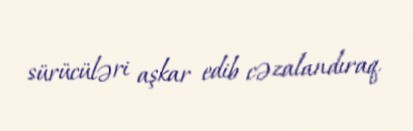
sürücüləri aşkar edib cəzalandıraq.